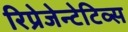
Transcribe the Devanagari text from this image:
रिप्रेजेन्टेटिव्स